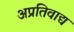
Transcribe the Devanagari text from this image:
अप्रतिवाद्य